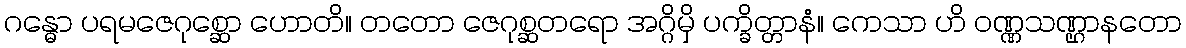
ဂန္ဓော ပရမဇေဂုစ္ဆော ဟောတိ။ တတော ဇေဂုစ္ဆတရော အဂ္ဂိမှိ ပက္ခိတ္တာနံ။ ကေသာ ဟိ ဝဏ္ဏသဏ္ဌာနတော